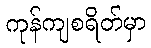
ကုန်ကျစရိတ်မှာ